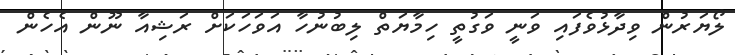
ލޯޔަރުން ވިދާޅުވެފައި ވަނީ ވަގުތީ ހިމާޔަތް ލިބުނުހާ އަވަހަކަށް ރަޝިއާ ނޫން އެހެން